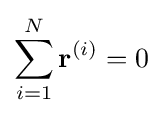
\sum _{i=1}^{N}\mathbf {r} ^{(i)}=0